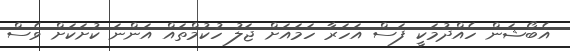
އެބޯޝަން ހެއްދުމަކީ ފަސް އަހަރާ ހަމައަށް ޖަލު ހުކުމްތައް އަންނަ ކުށަކަށް ވެސް